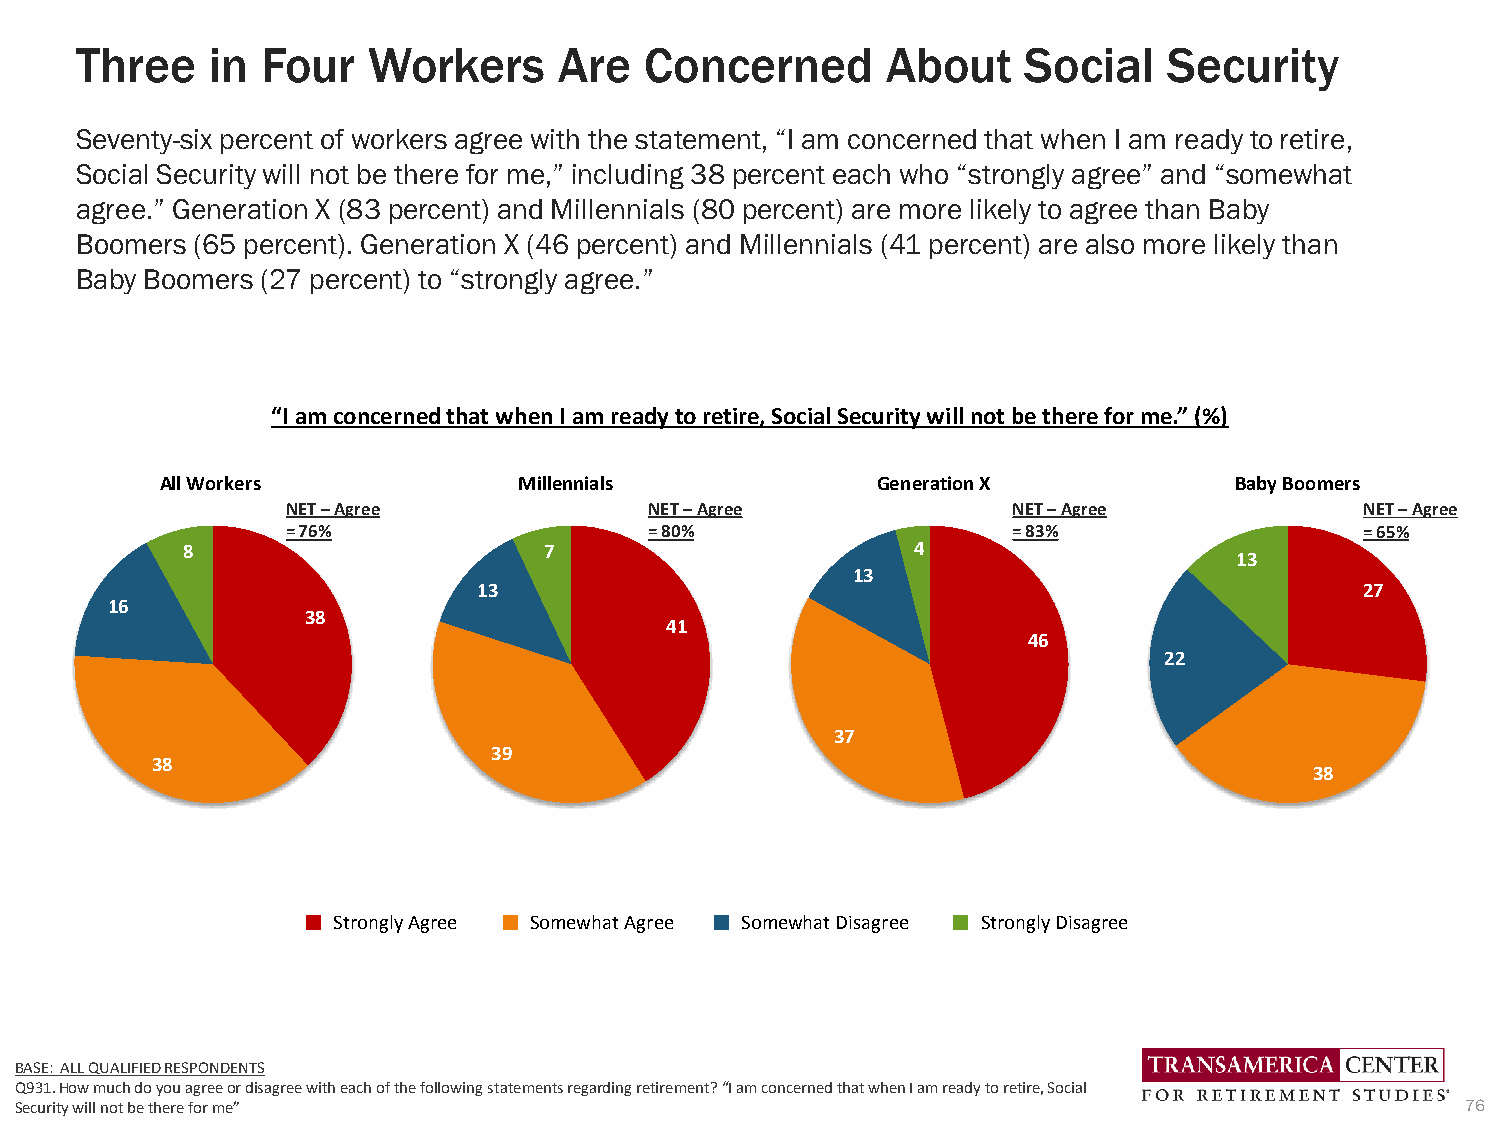
Three    in Four   Workers      Are   Concerned       About    Social   Security
 Seventy-six percent of workers agree with the statement, “I am concerned that when I am ready to retire,
 Social Security will not be there for me,” including 38 percent each who “strongly agree” and “somewhat
 agree.” Generation X (83 percent) and Millennials (80 percent) are more likely to agree than Baby
 Boomers (65 percent). Generation X (46 percent) and Millennials (41 percent) are also more likely than
 Baby Boomers (27 percent) to “strongly agree.”
 “I am concerned that when I am ready to retire, Social Security will not be there for me.” (%)
 All Workers            Millennials             Generation X            Baby Boomers
 NET –Agree              NET –Agree              NET –Agree             NET –Agree
 = 76%                   = 80%                   = 83%                  = 65%
 8                       7                       4
 13
 13
 13                                                        27
 16
 38
 41
 46
 22
 37
 39
 38
 38
 Strongly Agree Somewhat Agree Somewhat Disagree Strongly Disagree
 BASE: ALL QUALIFIED RESPONDENTS
 Q931. How much do you agree or disagree with each of the following statements regarding retirement?“I am concerned that when I am ready to retire, Social
 Security will not be there for me”                                                              76